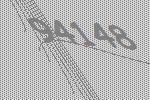
94148